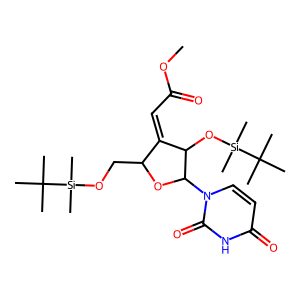
SMILES: COC(=O)C=C1C(CO[Si](C)(C)C(C)(C)C)OC(n2ccc(=O)[nH]c2=O)C1O[Si](C)(C)C(C)(C)C
Inhibits HIV replication: No